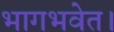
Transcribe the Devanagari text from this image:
भागभवेत।